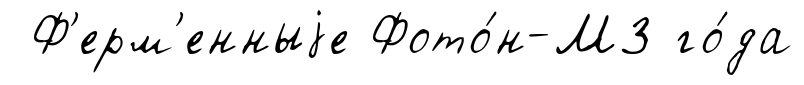
Ф'ерм'енныjе Фото́н-М3 го́да